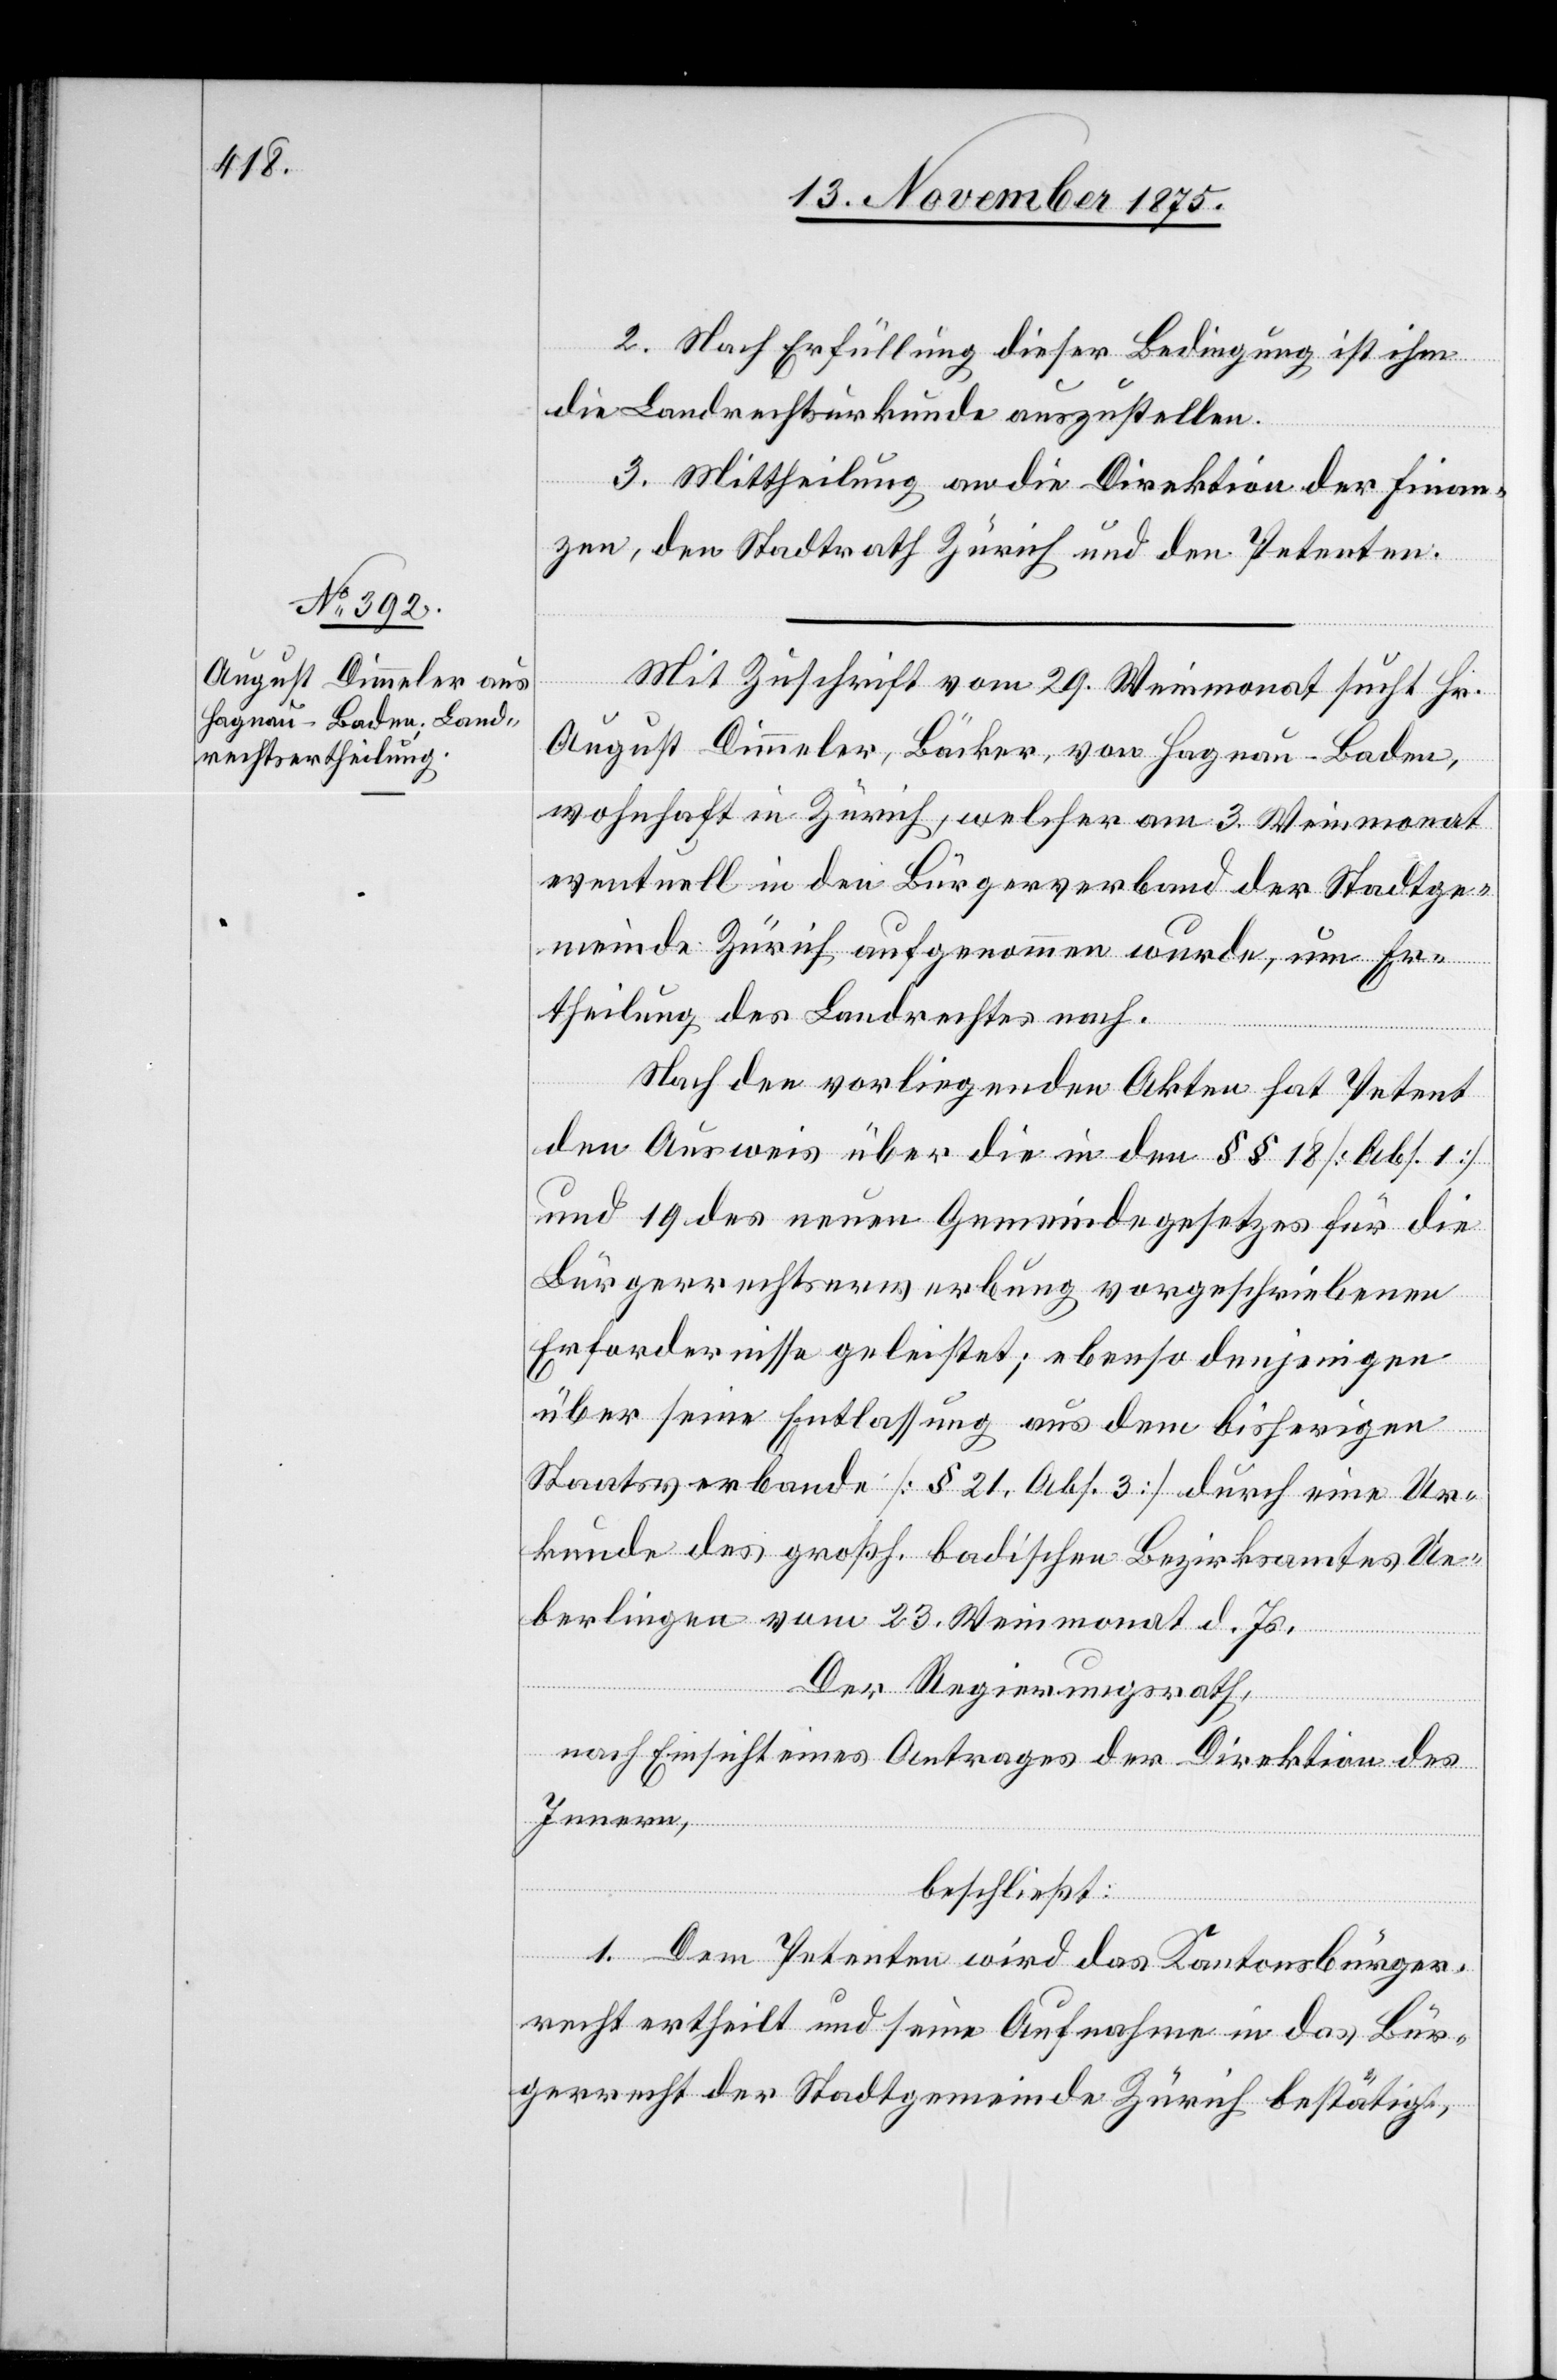
2. Nach Erfüllung dieser Bedingung ist ihm
die Landrechtsurkunde auszustellen.
3. Mittheilung an die Direktion der Finan¬
zen, den Stadtrath Zürich und den Petenten.
Mit Zuschrift vom 29. Weinmonat sucht Hr.
August Dimmeler, Bäcker, von Hagnau - Baden,
wohnhaft in Zürich, welcher am 3. Weinmonat
eventuell in den Bürgerverband der Stadtge¬
meinde Zürich aufgenommen wurde, um Er¬
theilung des Landrechtes nach.
Nach den vorliegenden Akten hat Petent
den Ausweis über die in den §§ 18 [Abs. 1]
und 19 des neuen Gemeindegesetzes für die
Bürgerrechtserwerbung vorgeschriebenen
Erfordernisse geleistet; ebenso denjenigen
über seine Entlassung aus dem bisherigen
Staatsverbande [§ 21, Abs. 3] durch eine Ur¬
kunde des großh. badischen Bezirksamtes Ue¬
berlingen vom 23. Weinmonat d. Js.
Der Regierungsrath,
nach Einsicht eines Antrages der Direktion des
Innern,
beschließt:
1. Dem Petenten wird das Kantonsbürger¬
recht ertheilt und seine Aufnahme in das Bür¬
gerrecht der Stadtgemeinde Zürich bestätigt,